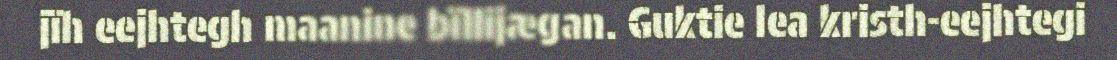
jïh eejhtegh maanine bïllijægan. Guktie lea kristh-eejhtegi